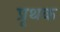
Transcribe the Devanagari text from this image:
प्रृथक